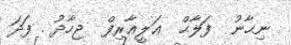
ނިޙާނު  ފަލާޙް  ޢަލީޢާރިފް  ޖިހާދު . ފަދަ